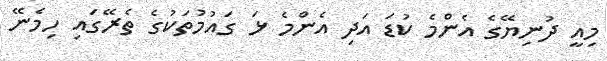
މިއީ ދުނިޔޭގެ އެންމެ ކުޑަ އަދި އެންމެ ޅަ ގައުމުތަކުގެ ތެރޭގައި ހިމެނޭ